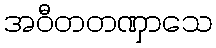
အဝီတတဏှာသေ